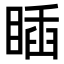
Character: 𥈊